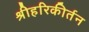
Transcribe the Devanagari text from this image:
श्रीहरिकीर्तन